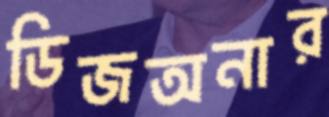
ডিজঅনার